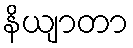
နိယျာတာ